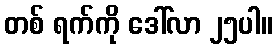
တစ် ရက်ကို ဒေါ်လာ ၂၅ပါ။